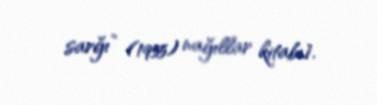
sarğı” (1955) nağıllar kitabı].